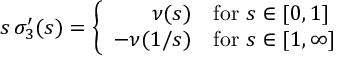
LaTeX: s \, \sigma _ { 3 } ^ { \prime } ( s ) = \left\{ \begin{array} { r l } { { \nu ( s ) } } & { { \mathrm { f o r ~ } s \in [ 0 , 1 ] } } \\ { { - \nu ( 1 / s ) } } & { { \mathrm { f o r ~ } s \in [ 1 , \infty ] } } \end{array} \right.